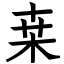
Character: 桒